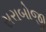
સરાબોજી